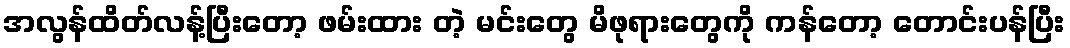
အလွန်ထိတ်လန့်ပြီးတော့ ဖမ်းထား တဲ့ မင်းတွေ မိဖုရားတွေကို ကန်တော့ တောင်းပန်ပြီး